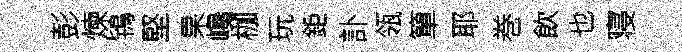
彭煉鴇堅果巉枷玩鉅訃瓴簞耶巻飲也寝